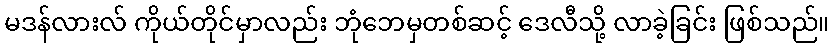
မဒန်လားလ် ကိုယ်တိုင်မှာလည်း ဘုံဘေမှတစ်ဆင့် ဒေလီသို့ လာခဲ့ခြင်း ဖြစ်သည်။